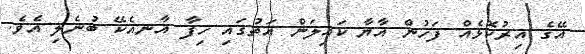
އޭގެ އިރުކޮޅެއް ފަހުން އާޔާ ކައިލަން އަތުގައި ހިފާ އާނއެކޭ ބުނެލި އެވެ.